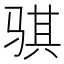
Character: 骐